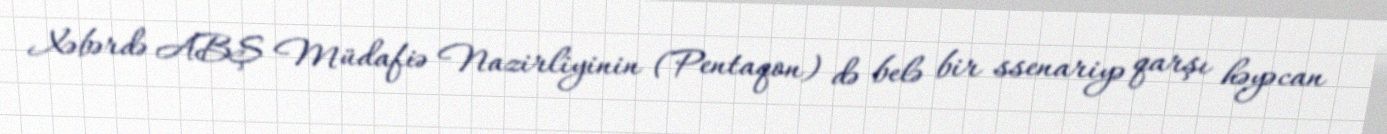
Xəbərdə ABŞ Müdafiə Nazirliyinin (Pentaqon) də belə bir ssenariyə qarşı həyəcan